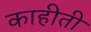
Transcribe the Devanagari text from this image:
काहीती